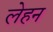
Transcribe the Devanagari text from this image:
लेहन